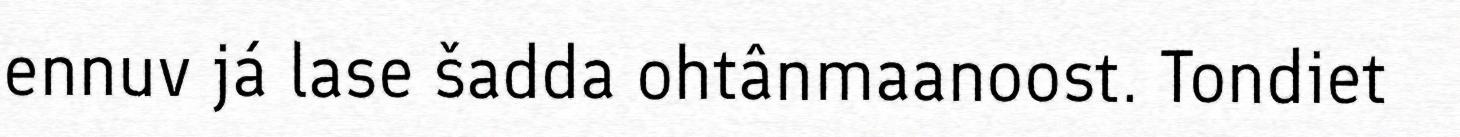
ennuv já lase šadda ohtânmaanoost. Tondiet